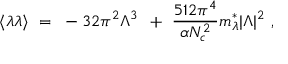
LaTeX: \langle \lambda \lambda \rangle ~ = ~ - 3 2 \pi ^ { 2 } \Lambda ^ { 3 } \, ~ + ~ \frac { 5 1 2 \pi ^ { 4 } } { \alpha N _ { c } ^ { 2 } } m _ { \lambda } ^ { * } | \Lambda | ^ { 2 } ~ ,